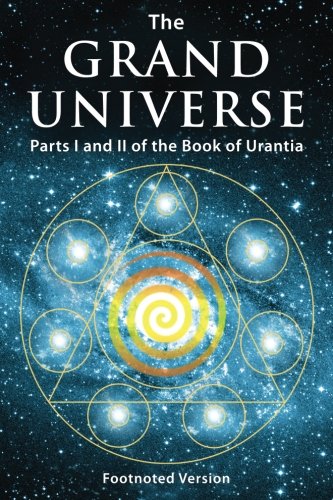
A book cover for The Grand Universe: Parts I and II of the Book of Urantia; Celestial Authors; Religion & Spirituality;